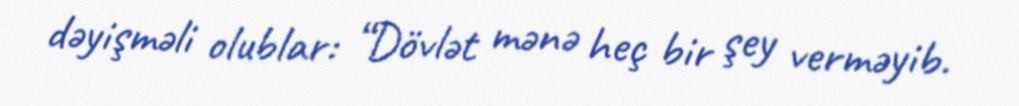
dəyişməli olublar: “Dövlət mənə heç bir şey verməyib.